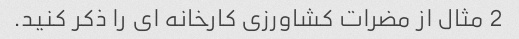
2 مثال از مضرات کشاورزی کارخانه ای را ذکر کنید.